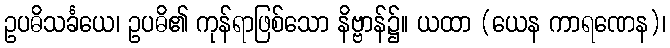
ဥပဓိသင်္ခယေ၊ ဥပဓိ၏ ကုန်ရာဖြစ်သော နိဗ္ဗာန်၌။ ယထာ (ယေန ကာရဏေန)၊